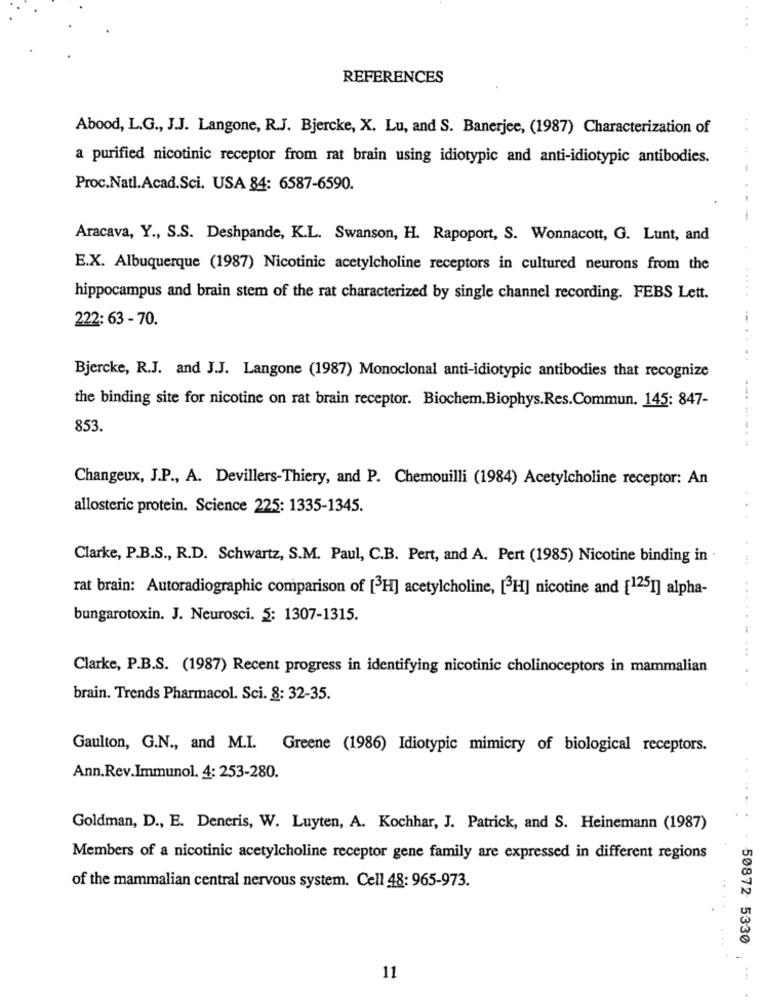
REFERENCES
Abood, L.G ., J.J. Langone, R.J. Bjercke, X. Lu, and S. Banerjee, (1987) Characterization of
a purified nicotinic receptor from rat brain using idiotypic and anti-idiotypic antibodies.
Proc.Natl.Acad.Sci. USA 84: 6587-6590.
Aracava, Y ., S.S. Deshpande, K.L. Swanson, H. Rapoport, S. Wonnacott, G. Lunt, and
E.X. Albuquerque (1987) Nicotinic acetylcholine receptors in cultured neurons from the
....
hippocampus and brain stem of the rat characterized by single channel recording. FEBS Lett.
222: 63 - 70.
Bjercke, R.J. and J.J. Langone (1987) Monoclonal anti-idiotypic antibodies that recognize
the binding site for nicotine on rat brain receptor. Biochem.Biophys.Res.Commun. 145: 847-
853.
------- -
Changeux, J.P ., A. Devillers-Thiery, and P. Chemouilli (1984) Acetylcholine receptor: An
allosteric protein. Science 225: 1335-1345.
Clarke, P.B.S ., R.D. Schwartz, S.M. Paul, C.B. Pert, and A. Pert (1985) Nicotine binding in .
rat brain: Autoradiographic comparison of [3H] acetylcholine, [3H] nicotine and [1251] alpha-
. .
bungarotoxin. J. Neurosci. 5: 1307-1315.
Clarke, P.B.S. (1987) Recent progress in identifying nicotinic cholinoceptors in mammalian
brain. Trends Pharmacol. Sci. 8: 32-35.
Gaulton, G.N ., and M.I. Greene (1986) Idiotypic mimicry of biological receptors.
Ann.Rev.Immunol. 4: 253-280.
Goldman, D ., E. Deneris, W. Luyten, A. Kochhar, J. Patrick, and S. Heinemann (1987)
Members of a nicotinic acetylcholine receptor gene family are expressed in different regions
of the mammalian central nervous system. Cell 48: 965-973.
50872 5330
11